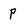
Character: p